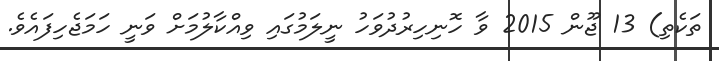
ތަކެތި) 13 ޖޫން 2015 ވާ ހޮނިހިރުދުވަހު ނީލަމުގައި ވިއްކާލުމަށް ވަނީ ހަމަޖެހިފައެވެ.